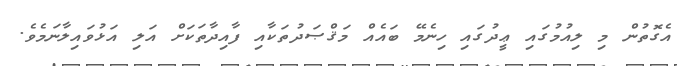
އެގޮތުން މި ލިއުމުގައި ޢީދުގައި ހިނެމޭ ބައެއް މަޤްޞަދުތަކާއި ފާއިދާތަކަށް އަލި އަޅުވައިލާނަމެވެ.